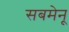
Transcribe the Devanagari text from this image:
सबमेनू